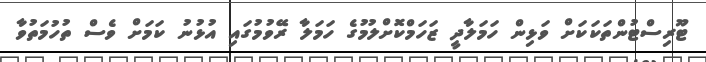
ޓޫރިސްޓުންތަކަކަށް ވަޅިން ހަމަލާދީ ޒަހަމްކޮށްލުމުގެ ހަމަލާ ރޭވުމުގައި އުޅުނު ކަމަށް ވެސް ތުހުމަތުވާ